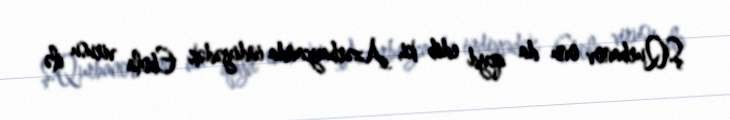
Ş.Qurbanov onu da qeyd edib ki, Azərbaycanda indiyədək Ebola virusu ilə